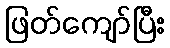
ဖြတ်ကျော်ပြီး